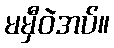
မမှီဝဲအပ်။